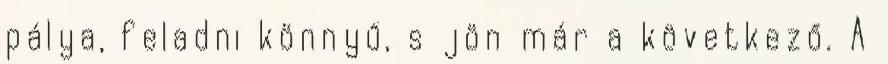
pálya, feladni könnyű, s jön már a következő. A